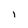
Character: I